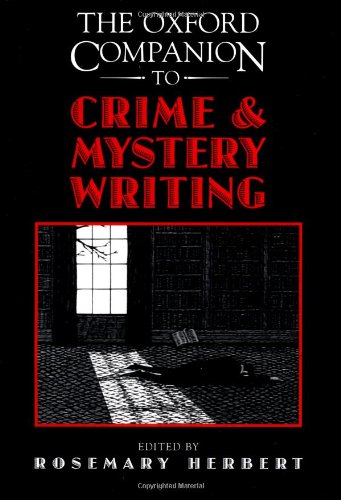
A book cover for The Oxford Companion to Crime and Mystery Writing; Mystery, Thriller & Suspense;